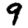
Digit: 9